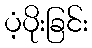
ပံ့ပိုးခြင်း